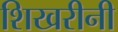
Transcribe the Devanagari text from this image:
शिखरीनी